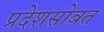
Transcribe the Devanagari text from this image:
प्रदेशसोबत